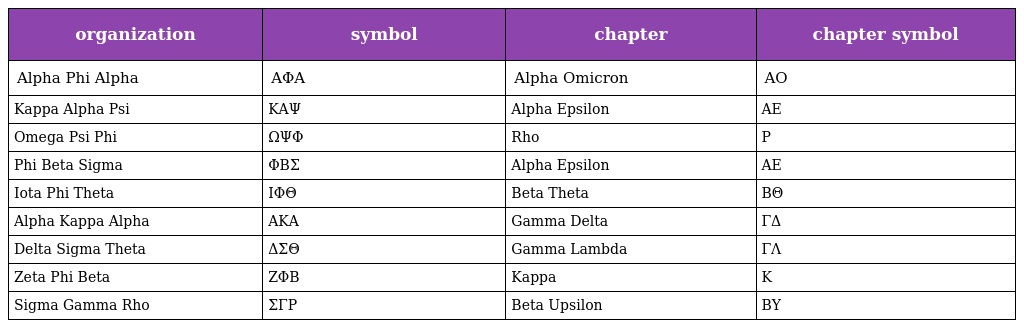
| organization | symbol | chapter | chapter symbol |
 | --- | --- | --- | --- |
 | Alpha Phi Alpha | ΑΦΑ | Alpha Omicron | AO |
 | Kappa Alpha Psi | ΚΑΨ | Alpha Epsilon | AE |
 | Omega Psi Phi | ΩΨΦ | Rho | P |
 | Phi Beta Sigma | ΦΒΣ | Alpha Epsilon | AE |
 | Iota Phi Theta | IΦΘ | Beta Theta | BΘ |
 | Alpha Kappa Alpha | ΑΚΑ | Gamma Delta | ΓΔ |
 | Delta Sigma Theta | ΔΣΘ | Gamma Lambda | ΓΛ |
 | Zeta Phi Beta | ΖΦΒ | Kappa | K |
 | Sigma Gamma Rho | ΣΓΡ | Beta Upsilon | BΥ |